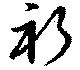
祈